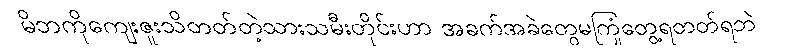
မိဘကိုကျေးဇူးသိတတ်တဲ့သားသမီးတိုင်းဟာ အခက်အခဲတွေမကြုံတွေ့ရတတ်ရဘဲ